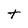
Character: t